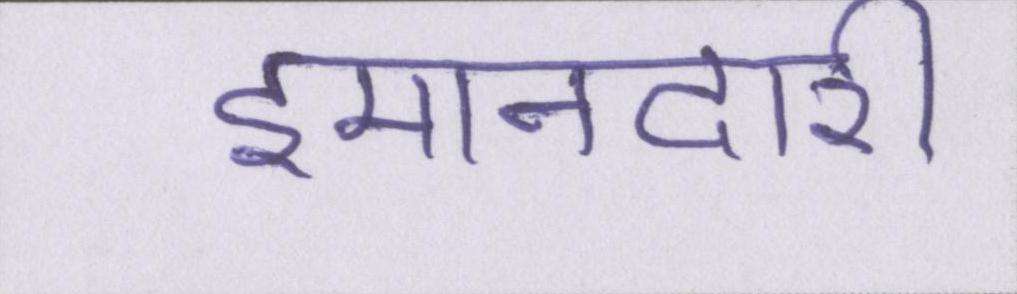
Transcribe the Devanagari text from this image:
इमानदारी